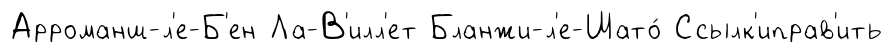
Арроманш-л'е-Б'ен Ла-В'илл'ет Бланжи-л'е-Шато́ Ссылк'иправ'ить